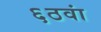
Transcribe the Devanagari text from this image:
६ठवां